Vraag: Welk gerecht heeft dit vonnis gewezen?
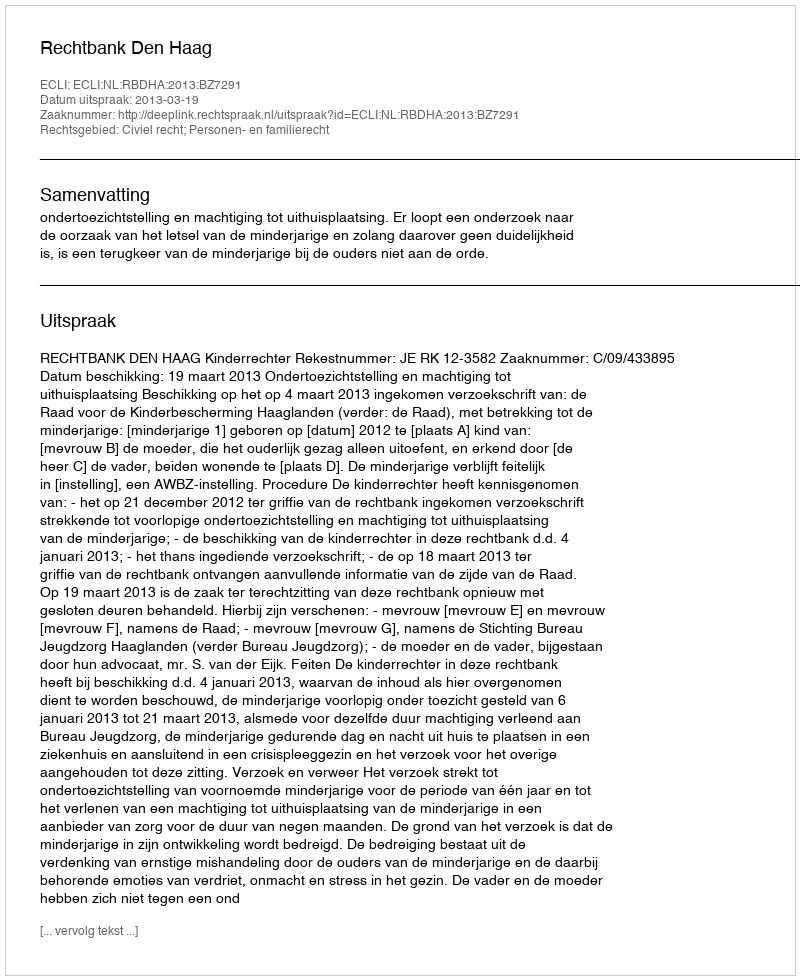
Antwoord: Rechtbank Den Haag